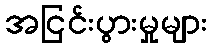
အငြင်းပွားမှုများ